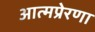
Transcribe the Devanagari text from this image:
आत्मप्रेरणा